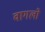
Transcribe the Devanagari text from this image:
वागलो